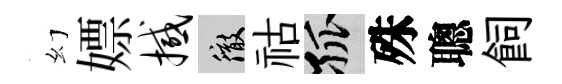
幻嫖撼徹祜孤殊聰飼